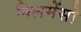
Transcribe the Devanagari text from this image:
क्लिमेंसो